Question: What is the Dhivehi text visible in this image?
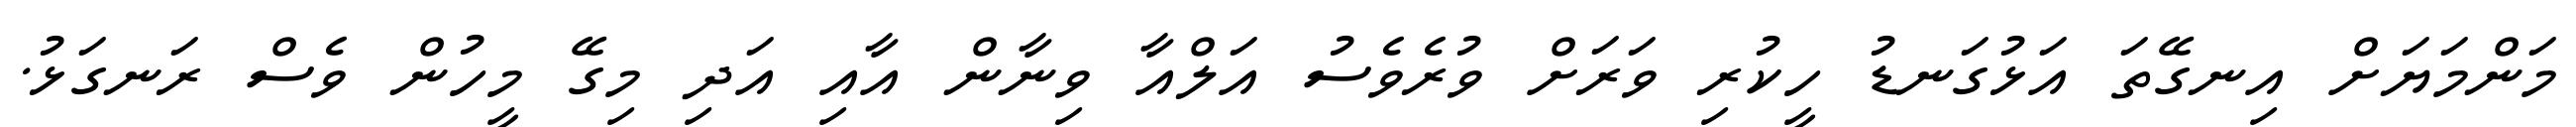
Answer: މަންމަޔަށް އިނގޭތަ އަޅުގަނޑު ހީކުރި ވަރަށް ވުރެވެސު އަލްއާ ވިނާން އާއި އަދި މިގޭ މީހުން ވެސް ރަނގަޅު.